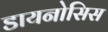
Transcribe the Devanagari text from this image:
डायनोसिस